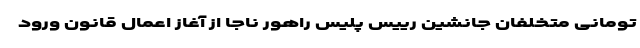
تومانیِ متخلفان جانشین رییس پلیس راهور ناجا از آغاز اعمال قانون ورود